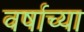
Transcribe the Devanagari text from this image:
वर्षाच्‍या